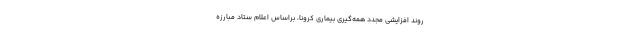
روند افزایشی مجدد همه‌گیری بیماری کرونا، براساس اعلام ستاد مبارزه